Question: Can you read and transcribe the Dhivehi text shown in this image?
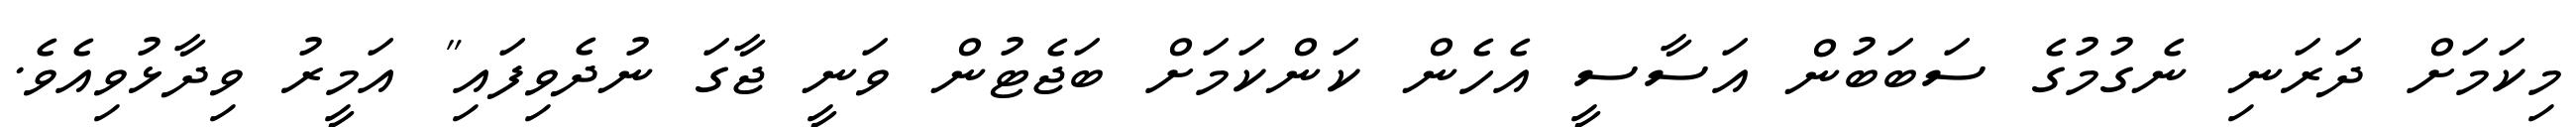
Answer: މިކަމަށް ދަރަނި ނެގުމުގެ ސަބަބުން އަސާސީ އެހެން ކަންކަމަށް ބަޖެޓުން ވަނީ ޖާގަ ނުދެވިފައި" އަމީރު ވިދާޅުވިއެވެ.